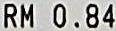
RM 0.84